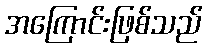
အကြောင်းဖြစ်သည်